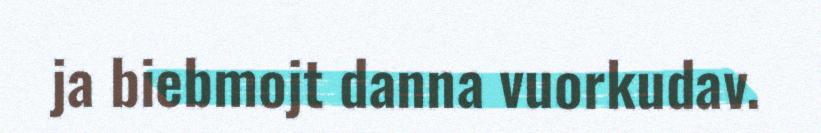
ja biebmojt danna vuorkudav.